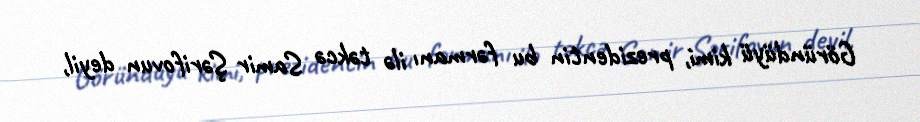
Göründüyü kimi, prezidentin bu fərmanı ilə təkcə Samir Şərifovun deyil,